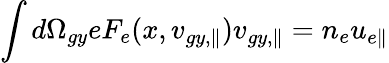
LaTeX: \int d\Omega_{gy}eF_{e}(x,v_{gy,\parallel})v_{gy,\parallel}=n_{e}u_{e\parallel}